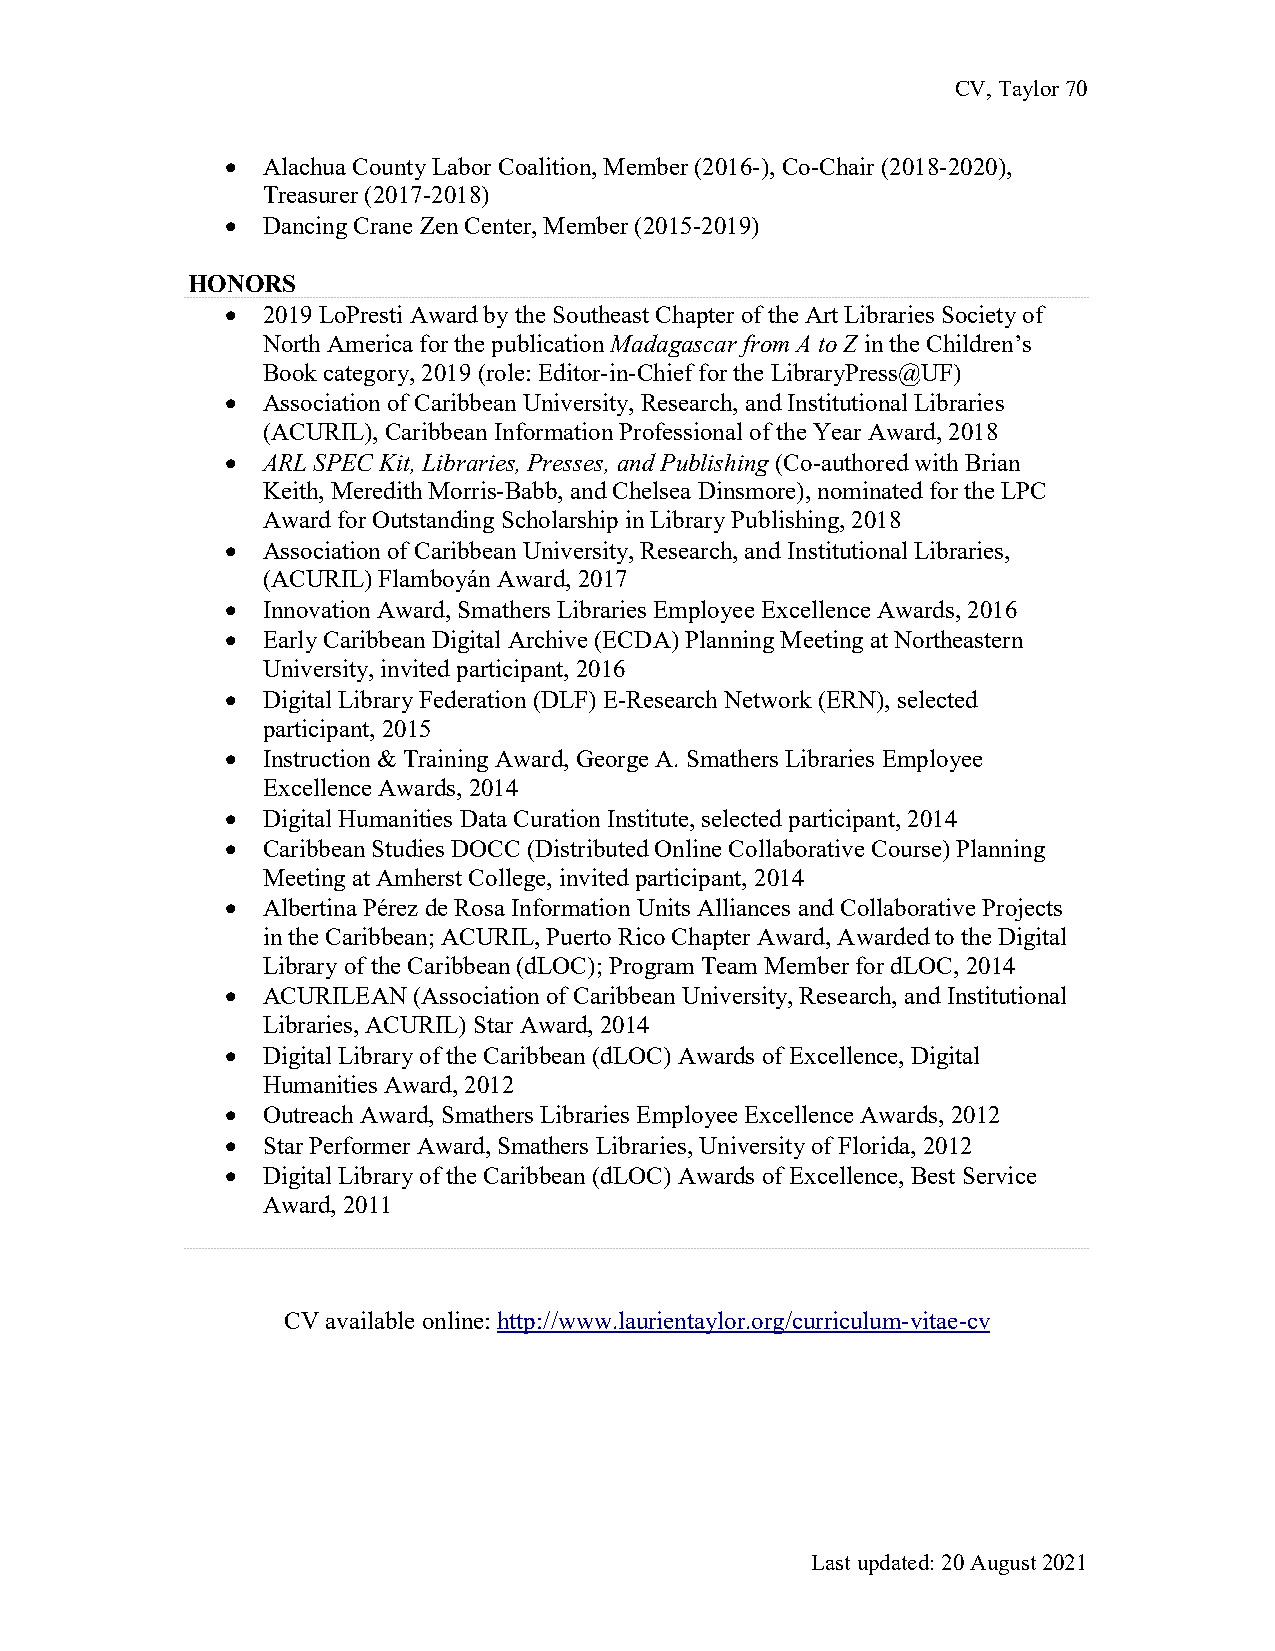
CV, Taylor 70
 • Alachua County Labor Coalition, Member (2016-), Co-Chair (2018-2020),
 Treasurer (2017-2018)
 • Dancing Crane Zen Center, Member (2015-2019)
 HONORS
 • 2019 LoPresti Award by the Southeast Chapter of the Art Libraries Society of
 North America for the publication Madagascar from A to Z in the Children’s
 Book category, 2019 (role: Editor-in-Chief for the LibraryPress@UF)
 • Association of Caribbean University, Research, and Institutional Libraries
 (ACURIL), Caribbean Information Professional of the Year Award, 2018
 • ARL SPEC Kit, Libraries, Presses, and Publishing (Co-authored with Brian
 Keith, Meredith Morris-Babb, and Chelsea Dinsmore), nominated for the LPC
 Award for Outstanding Scholarship in Library Publishing, 2018
 • Association of Caribbean University, Research, and Institutional Libraries,
 (ACURIL) Flamboyán Award, 2017
 • Innovation Award, Smathers Libraries Employee Excellence Awards, 2016
 • Early Caribbean Digital Archive (ECDA) Planning Meeting at Northeastern
 University, invited participant, 2016
 • Digital Library Federation (DLF) E-Research Network (ERN), selected
 participant, 2015
 • Instruction & Training Award, George A. Smathers Libraries Employee
 Excellence Awards, 2014
 • Digital Humanities Data Curation Institute, selected participant, 2014
 • Caribbean Studies DOCC (Distributed Online Collaborative Course) Planning
 Meeting at Amherst College, invited participant, 2014
 • Albertina Pérez de Rosa Information Units Alliances and Collaborative Projects
 in the Caribbean; ACURIL, Puerto Rico Chapter Award, Awarded to the Digital
 Library of the Caribbean (dLOC); Program Team Member for dLOC, 2014
 • ACURILEAN (Association of Caribbean University, Research, and Institutional
 Libraries, ACURIL) Star Award, 2014
 • Digital Library of the Caribbean (dLOC) Awards of Excellence, Digital
 Humanities Award, 2012
 • Outreach Award, Smathers Libraries Employee Excellence Awards, 2012
 • Star Performer Award, Smathers Libraries, University of Florida, 2012
 • Digital Library of the Caribbean (dLOC) Awards of Excellence, Best Service
 Award, 2011
 CV available online: http://www.laurientaylor.org/curriculum-vitae-cv
 Last updated: 20 August 2021